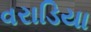
વરાડિયા